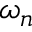
\omega _ { n }